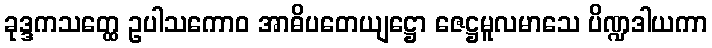
ခုဒ္ဒကသတ္ထေ ဥပါသကောဝ အာဓိပတေယျဋ္ဌော ဇေဋ္ဌမူလမာသေ ပိဏ္ဍဒါယကာ